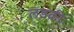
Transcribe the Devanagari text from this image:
लड़कीः